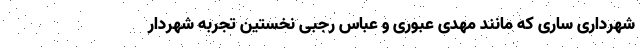
شهرداری ساری که مانند مهدی عبوری و عباس رجبی نخستین تجربه شهردار